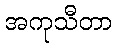
အကုသီတာ